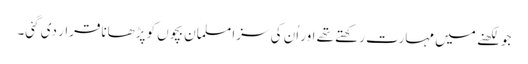
جو لکھنے میں مہارت رکھتے تھے اور اُن کی سزا مسلمان بچوں کو پڑھاناقرار دی گئی۔